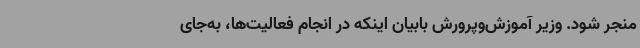
منجر شود. وزیر آموزش‌وپرورش بابیان اینکه در انجام فعالیت‌ها، به‌جای